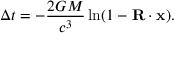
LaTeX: \Delta t = - { \frac { 2 G M } { c ^ { 3 } } } \ln ( 1 - \mathbf { R } \cdot \mathbf { x } ) .